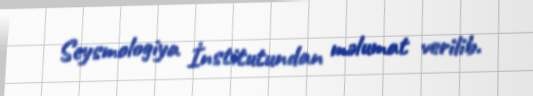
Seysmologiya İnstitutundan məlumat verilib.